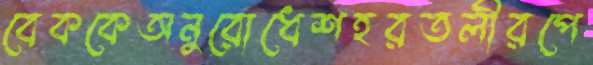
বেককেঅনুরোধেশহরতলীরপে